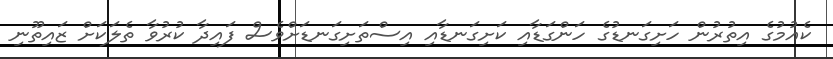
ކެއުމުގެ އިތުރުން ހަށިގަނޑުގެ ހަންގަޑާއި ކަށިގަނޑާއި އިސްތަށިގަނޑަށްވެސް ފައިދާ ކުރުވާ ތެލަކަށް ޒައިތޫނި